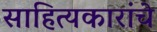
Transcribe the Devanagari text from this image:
साहित्यकारांचे